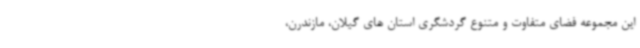
این مجموعه ‌فضای متفاوت و متنوع گردشگری استان های گیلان، مازندرن،